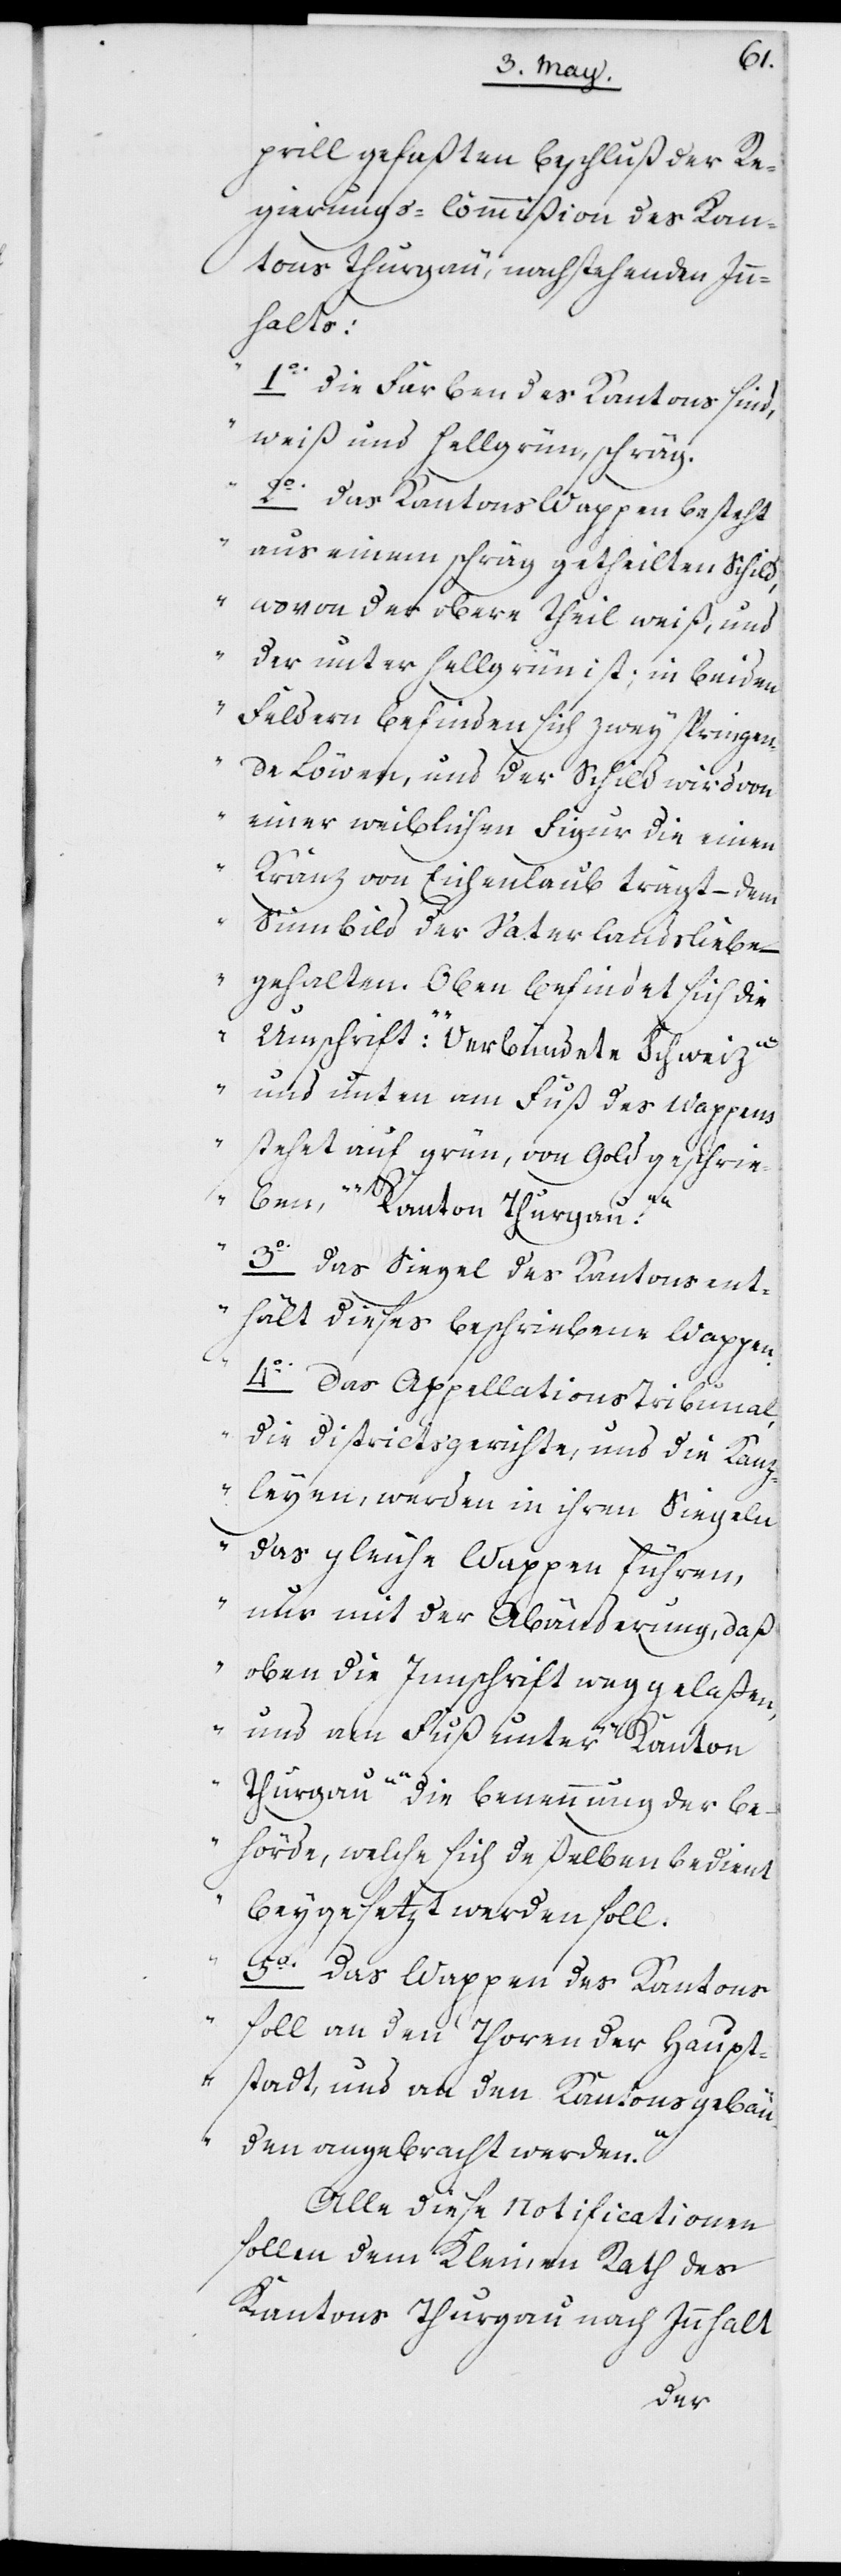
rill gefaßten Beschluß der Re¬
gierungs-Commißion des Kan¬
tons Thurgau, nachstehenden Inn¬
halts:
„1o. Die Farben des Kantons sind,
weiß und hellgrün, schräg.
2o. Das Kantons Wappen besteht
aus einem schräg getheilten Schild,
wovon der obere Theil weiß und
der unter[e] hellgrün ist; in beyden
Feldern befinden sich zwey springen¬
de Löwen, und der Schild wird von
einer weiblichen Figur die einen
Kranz von Eichenlaub trägt – dem
Sinnbild der Vaterlandsliebe –
gehalten. Oben befindet sich die
Umschrift „Verbündete Schweiz“
und unten am Fuß des Wappens
stehet auf grün, von Gold geschrie¬
ben „Kanton Thurgau.“
3o. Das Siegel des Kantons ent¬
hält dieses beschriebene Wappen.
4o. Das Appellations Tribunal,
die Districtsgerichte und die Kanz¬
leyen, werden in ihren Siegeln
das gleiche Wappen führen,
nur mit der Abänderung, daß
oben die Innschrift weggelaßen
und am Fuß unter „Kanton
Thurgau“ die Benennung der Be¬
hörde, welche sich deßelben bedient,
beygesetzt werden soll.
5o. Das Wappen des Kantons
soll an den Thoren der Haupt¬
stadt, und an den Kantonsgebäu¬
den angebracht werden.“
Alle diese Notificationen
sollen dem Kleinen Rath des
Kantons Thurgau nach Innhalt